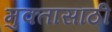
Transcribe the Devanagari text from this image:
मुक्तासाठी